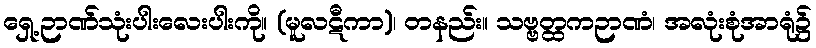
ရှေ့ဉာဏ်သုံးပါးလေးပါးကို။ (မူလဋီကာ)၊ တနည်း။ သဗ္ဗတ္ထကဉာဏံ၊ အလုံးစုံအာရုံ၌